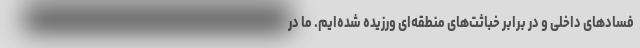
فسادهای داخلی و در برابر خباثت‌های منطقه‌ای ورزیده شده‌ایم. ما در